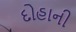
દોહાની